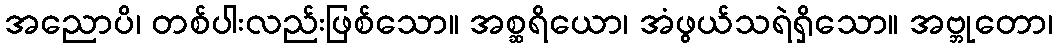
အညောပိ၊ တစ်ပါးလည်းဖြစ်သော။ အစ္ဆရိယော၊ အံဖွယ်သရဲရှိသော။ အဗ္ဘုတော၊